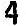
4